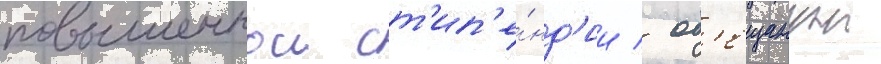
повышеннои ст'ип'е́нд'ии / об'ещаннои